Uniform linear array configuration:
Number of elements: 16
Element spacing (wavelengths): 0.5
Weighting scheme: exponential
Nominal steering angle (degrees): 45
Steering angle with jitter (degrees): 43.581
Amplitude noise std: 0.05
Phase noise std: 0.05

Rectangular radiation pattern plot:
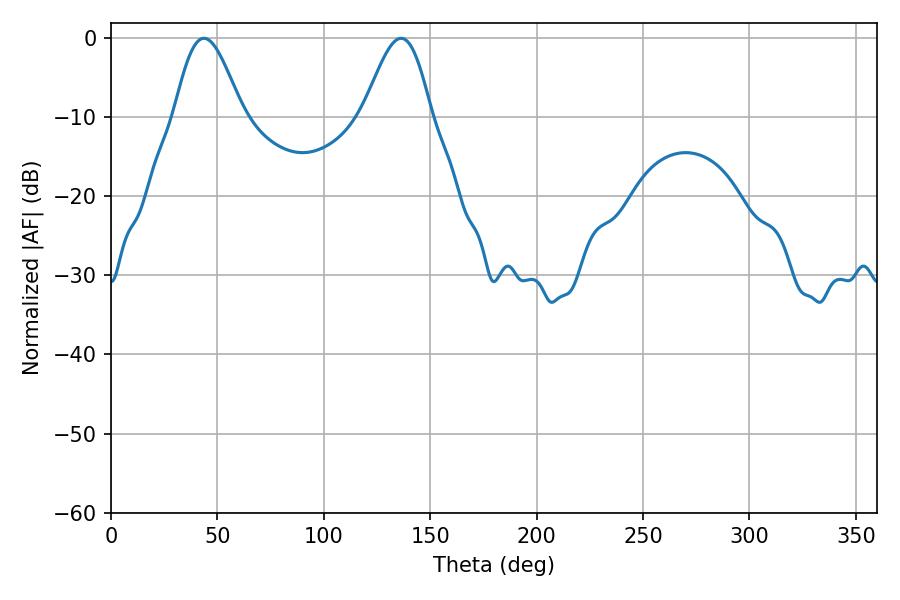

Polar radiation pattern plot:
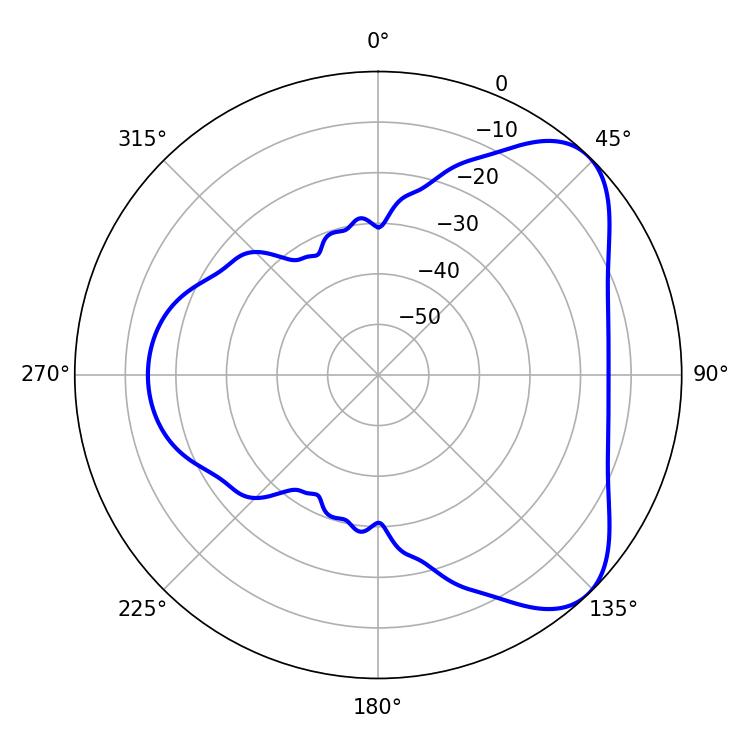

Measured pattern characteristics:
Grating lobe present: FALSE
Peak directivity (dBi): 6.166
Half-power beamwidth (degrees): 16.92
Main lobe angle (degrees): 43.74